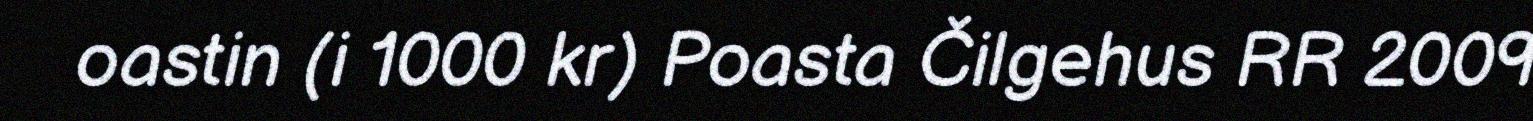
oastin (i 1000 kr) Poasta Čilgehus RR 2009